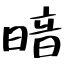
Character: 暗